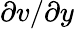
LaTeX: \partial v/\partial y